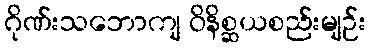
ဂိုဏ်းသဘောကျ ဝိနိစ္ဆယစည်းမျဉ်း